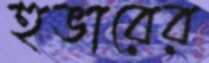
হুভারের